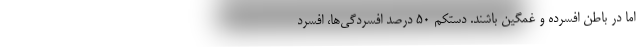
اما در باطن افسرده و غمگین باشند. دستکم 50 درصد افسردگی‌ها، افسرد